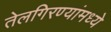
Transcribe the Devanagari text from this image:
तेलगिरण्यांमध्ये